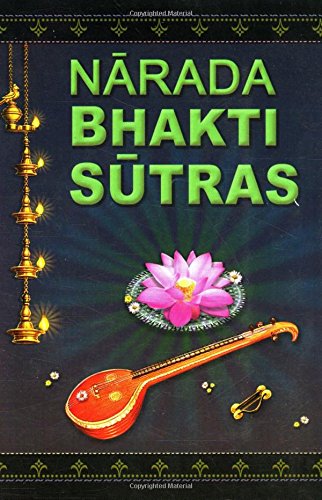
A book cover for Narada Bhakti Sutras: Aphorisms on The Gospel of Divine Love [with Sanskrit text, word-by-word meaning, English rendering of the text and elaborate explanatory and critical Notes]; Narada; Religion & Spirituality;